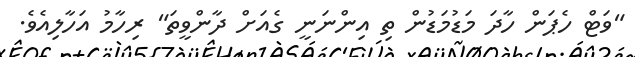
"ވަޓް ހެޕަން ހާދަ މަޑުމަޑުން ތި އިންނަނީ ގެއަށް ދާންވީތަ" ރިހާމު އަހާލިއެވެ.